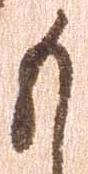
も